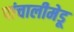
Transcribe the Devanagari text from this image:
पांचालीमेडू